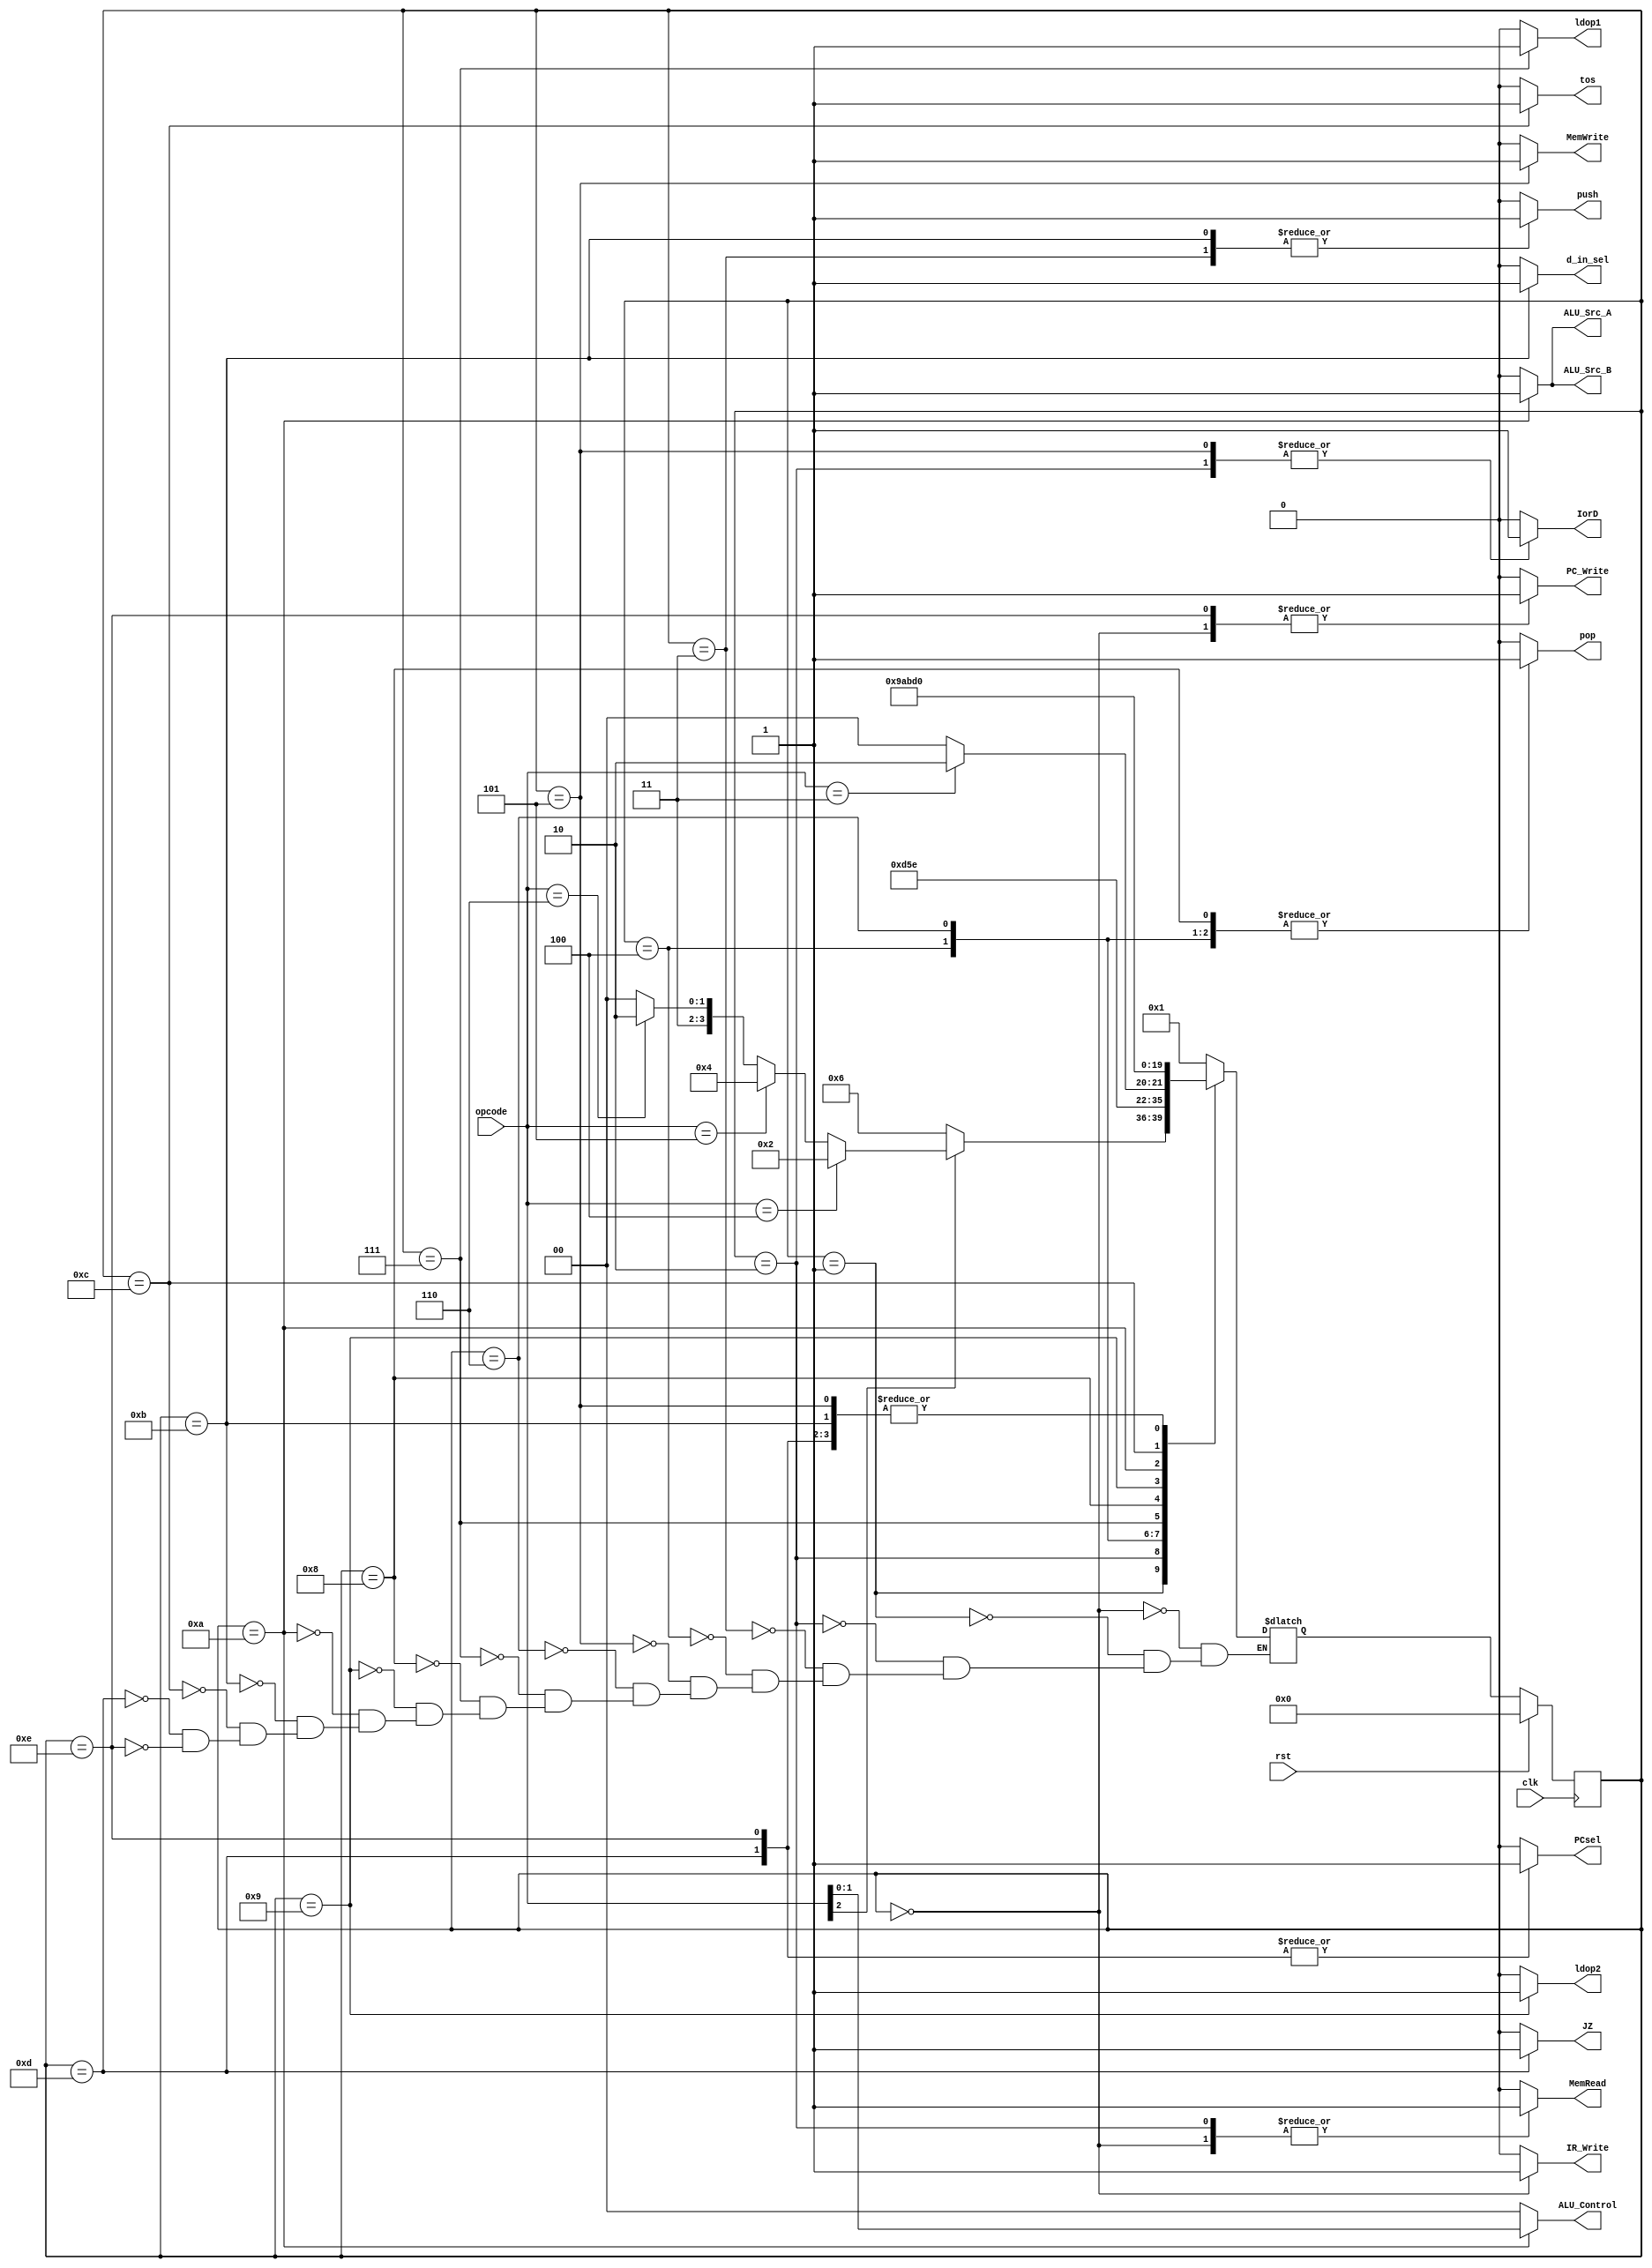
`define IF 4'b0000
`define ID 4'b0001
`define S2 4'b0010
`define S3 4'b0011
`define S4 4'b0100
`define S5 4'b0101
`define S6 4'b0110
`define S7 4'b0111
`define S8 4'b1000
`define S9 4'b1001
`define S10 4'b1010
`define S11 4'b1011
`define S12 4'b1100
`define S13 4'b1101
`define S14 4'b1110

module MCP01_controller(IorD, MemRead, IR_Write, PC_Write, PCsel, d_in_sel, push, pop, MemWrite, ldop1, ldop2, ALU_Src_A, ALU_Src_B, ALU_Control, tos, JZ, rst, clk, opcode);

	input rst, clk;
    input [2:0] opcode;
	output IorD, MemRead, IR_Write, PC_Write, PCsel, d_in_sel, push, pop, MemWrite, ldop1, ldop2, ALU_Src_A, ALU_Src_B, tos, JZ;
    output [1:0] ALU_Control;
	reg IorD, MemRead, IR_Write, PC_Write, PCsel, d_in_sel, push, pop, MemWrite, ldop1, ldop2, ALU_Src_A, ALU_Src_B, tos, JZ;
    reg [1:0] ALU_Control;

	reg [3:0] ps, ns;
	
	always @(posedge clk)
		if (rst)
			ps <= `IF;
		else
			ps <= ns;
	
	always @(ps or opcode)
	begin
		case(ps)
			`IF: ns = `ID;
			`ID: ns = opcode[2] == 1'b0    ? `S6  : // ADD, SUB, AND, NOT
                      opcode    == 3'b100  ? `S2  : // PUSH
                      opcode    == 3'b101  ? `S4  : // POP
                      opcode    == 3'b110  ? `S14 : `S12; // JMP | JZ
			`S2: ns = `S3;
			`S3: ns = `IF;
			`S4: ns = `S5;
			`S5: ns = `IF;
            `S6: ns = `S7;
			`S7: ns = opcode == 3'b011 ? `S10 : `S8;
			`S8: ns = `S9;
			`S9: ns = `S10;
			`S10: ns = `S11;
			`S11: ns = `IF;
			`S12: ns = `S13;
			`S13: ns = `IF;
            `S14: ns = `IF;
		endcase
	end

	always @(ps)
	begin
		{IorD, MemRead, IR_Write, PC_Write, PCsel, d_in_sel, push, pop, MemWrite, ldop1, ldop2, ALU_Src_A, ALU_Src_B, ALU_Control, tos, JZ} = 17'b0_0000_0000_0000_0000;
		case(ps)
			`IF: {IorD, MemRead, IR_Write, PC_Write, PCsel} = 5'b0_1110;
			`S2: {IorD, MemRead} = 2'b11; // PUSH
			`S3: {d_in_sel, push} = 2'b01; // PUSH
			`S4: pop = 1'b1; // POP
			`S5: {IorD, MemWrite} = 2'b11; // POP
            `S6: pop = 1'b1; // ADD, SUB, AND, NOT
			`S7: ldop1 = 1'b1; // ADD, SUB, AND, NOT
            `S8: pop = 1'b1; // ADD, SUB, AND
            `S9: ldop2 = 1'b1; // ADD, SUB, AND
			`S10: {ALU_Src_A, ALU_Src_B, ALU_Control} = {2'b11, opcode[1:0]}; // ADD, SUB, AND, NOT
			`S11: {push, d_in_sel} = 2'b11; // ADD, SUB, AND, NOT
            `S12: tos = 1'b1; // JZ
			`S13: {JZ, PCsel} = 2'b11; // JZ
			`S14: {PC_Write, PCsel} = 2'b11; // JMP
		endcase
	end

endmodule